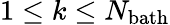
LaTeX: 1\le k\le N_{\mathrm{bath}}